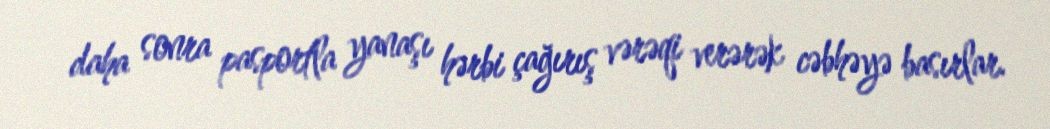
daha sonra pasportla yanaşı hərbi çağırış vərəqi verərək cəbhəyə basırlar.